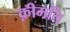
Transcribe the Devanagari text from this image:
क़ीमति